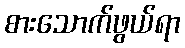
စားသောက်ဖွယ်ရာ